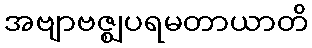
အဗျာဗဇ္ဈပရမတာယာတိ